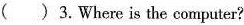
( )3.Where is the computer?